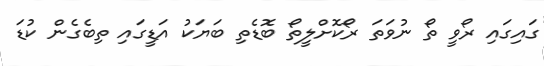
ގައިގައި ރޯވީ ތޯ ނުވަތަ ރޯކޮށްލީތޯ ބޮޑެތި ބަޔަކު އަޑީގައި ތިބެގެން ކުޑަ